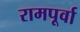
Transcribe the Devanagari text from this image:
रामपूर्वा